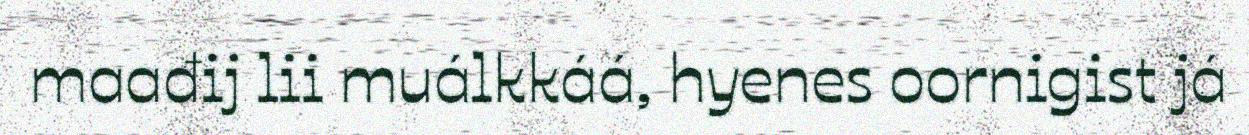
maađij lii muálkkáá, hyenes oornigist já